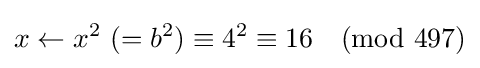
x\leftarrow x^{2}{\text{ }}(=b^{2})\equiv 4^{2}\equiv 16{\pmod {497}}